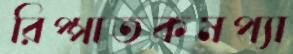
রিপ্পাতকমপ্যা